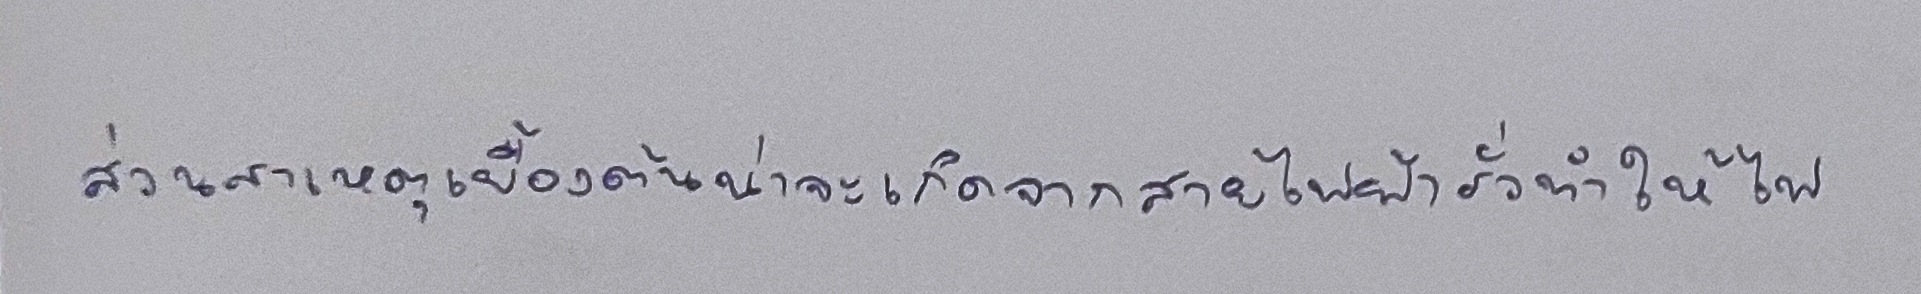
ส่วนสาเหตุเบื้องต้นน่าจะเกิดจากสายไฟฟ้ารั่วทำให้ไฟ